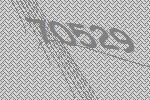
70529